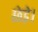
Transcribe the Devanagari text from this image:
छेड़े।